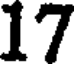
17